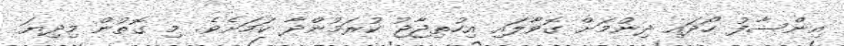
އިންސާފު ހޯދައި ދިނުމަށް ގޮވާލައި އިހުތިޖާޖު ކުރަމުންދާ ކަމަށެވެ. މި ގޮތުން މިދިޔަ